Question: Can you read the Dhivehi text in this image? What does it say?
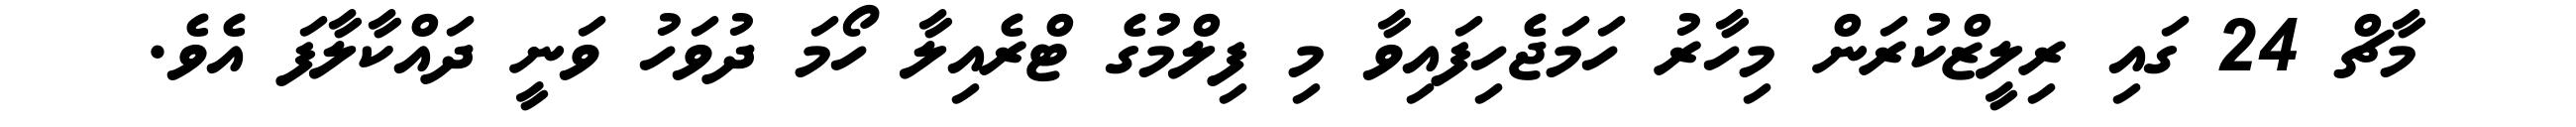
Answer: މާޗް 24 ގައި ރިލީޒްކުރަން މިހާރު ހަމަޖެހިފައިވާ މި ފިލްމުގެ ޓްރެއިލާ ހޯމަ ދުވަހު ވަނީ ދައްކާލާފަ އެވެ.